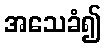
အသေခံ၍